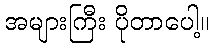
အများကြီး ပိုတာပေါ့။